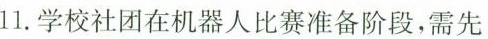
11.学校社团在机器人比赛准备阶段，需先